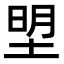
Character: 𭎮